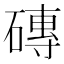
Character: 磚